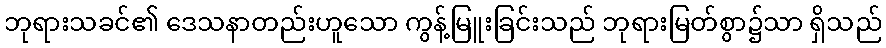
ဘုရားသခင်၏ ဒေသနာတည်းဟူသော ကွန့်မြူးခြင်းသည် ဘုရားမြတ်စွာ၌သာ ရှိသည်